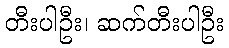
တီးပါဦး၊ ဆက်တီးပါဦး